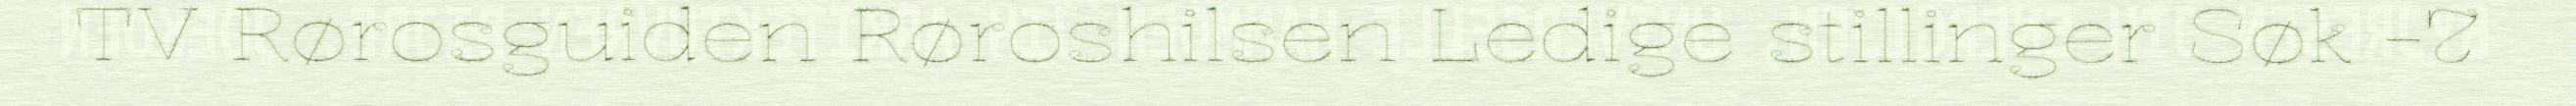
TV Rørosguiden Røroshilsen Ledige stillinger Søk -7